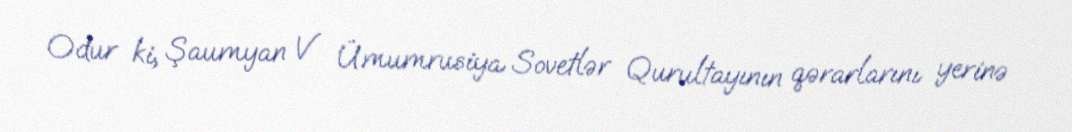
Odur ki, Şaumyan V Ümumrusiya Sovetlər Qurultayının qərarlarını yerinə